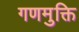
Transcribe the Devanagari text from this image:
गणमुक्ति